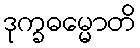
ဒုက္ခဓမ္မောတိ